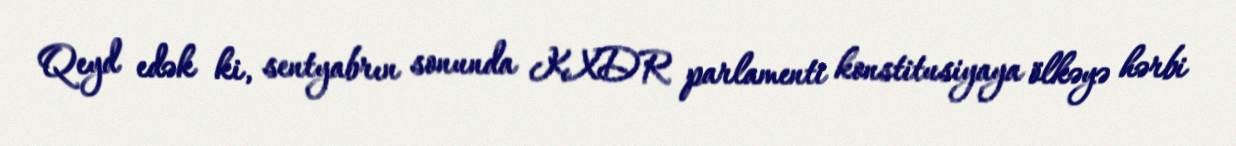
Qeyd edək ki, sentyabrın sonunda KXDR parlamenti konstitusiyaya ölkəyə hərbi